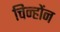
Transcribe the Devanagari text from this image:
चिन्होंन